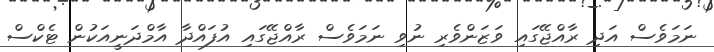
ނަމަވެސް އަދި ރާއްޖޭގައި ވަޒަންވެރި ނުވި ނަމަވެސް ރާއްޖޭގައި އުފައްދާ އާމްދަނީއަކުން ޓެކްސް